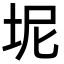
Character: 坭